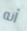
أنه